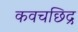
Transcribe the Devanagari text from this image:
कवचछिद्र